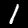
Label: 1